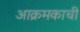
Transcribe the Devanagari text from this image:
आक्रमकाची